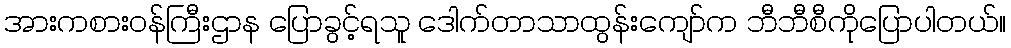
အားကစားဝန်ကြီးဌာန ပြောခွင့်ရသူ ဒေါက်တာသာထွန်းကျော်က ဘီဘီစီကိုပြောပါတယ်။